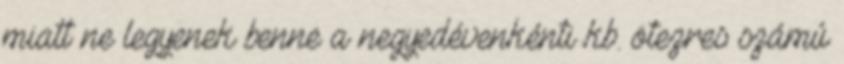
miatt ne legyenek benne a negyedévenkénti kb. ötezres számú